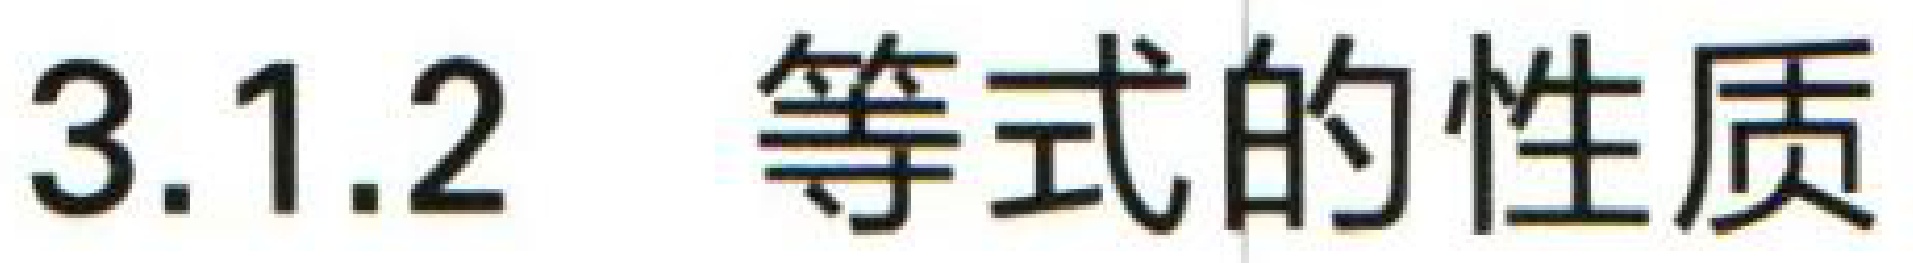
3.1.2 等式的性质